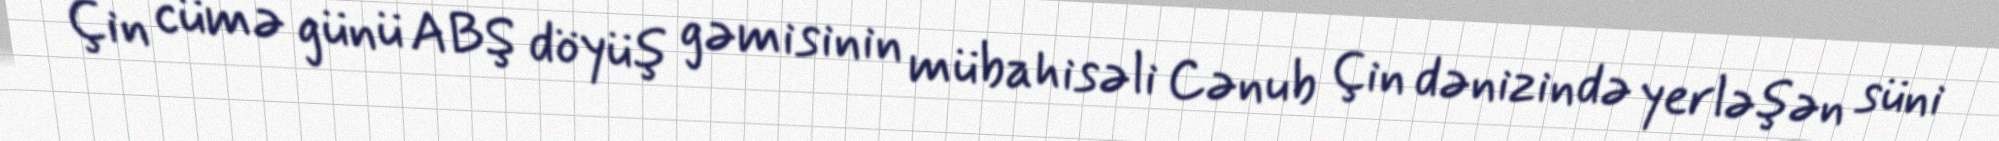
Çin cümə günü ABŞ döyüş gəmisinin mübahisəli Cənub Çin dənizində yerləşən süni